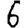
Digit: 6